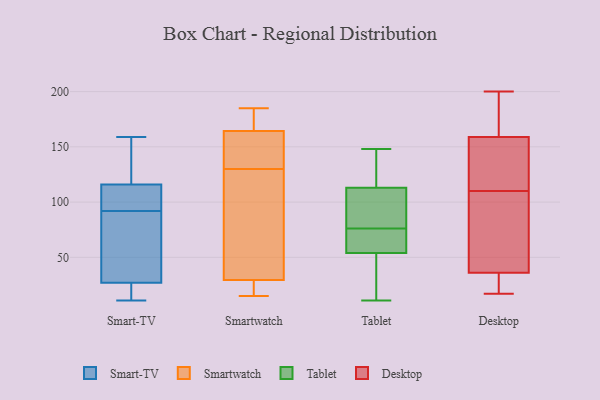
{"axis": {"x": "Market Share (%)", "y": "Value"}, "legend": ["Desktop", "Smart-TV", "Smartwatch", "Tablet"], "data": [{"x": "", "y": 136, "type": "Smart-TV"}, {"x": "", "y": 82, "type": "Smart-TV"}, {"x": "", "y": 158, "type": "Smart-TV"}, {"x": "", "y": 28, "type": "Smart-TV"}, {"x": "", "y": 102, "type": "Smart-TV"}, {"x": "", "y": 105, "type": "Smart-TV"}, {"x": "", "y": 110, "type": "Smart-TV"}, {"x": "", "y": 14, "type": "Smart-TV"}, {"x": "", "y": 116, "type": "Smart-TV"}, {"x": "", "y": 11, "type": "Smart-TV"}, {"x": "", "y": 21, "type": "Smart-TV"}, {"x": "", "y": 159, "type": "Smart-TV"}, {"x": "", "y": 62, "type": "Smart-TV"}, {"x": "", "y": 24, "type": "Smart-TV"}, {"x": "", "y": 27, "type": "Smart-TV"}, {"x": "", "y": 110, "type": "Smart-TV"}, {"x": "", "y": 158, "type": "Smart-TV"}, {"x": "", "y": 31, "type": "Smart-TV"}, {"x": "", "y": 130, "type": "Smartwatch"}, {"x": "", "y": 18, "type": "Smartwatch"}, {"x": "", "y": 148, "type": "Smartwatch"}, {"x": "", "y": 15, "type": "Smartwatch"}, {"x": "", "y": 169, "type": "Smartwatch"}, {"x": "", "y": 96, "type": "Smartwatch"}, {"x": "", "y": 150, "type": "Smartwatch"}, {"x": "", "y": 183, "type": "Smartwatch"}, {"x": "", "y": 185, "type": "Smartwatch"}, {"x": "", "y": 16, "type": "Smartwatch"}, {"x": "", "y": 64, "type": "Smartwatch"}, {"x": "", "y": 54, "type": "Tablet"}, {"x": "", "y": 148, "type": "Tablet"}, {"x": "", "y": 71, "type": "Tablet"}, {"x": "", "y": 81, "type": "Tablet"}, {"x": "", "y": 113, "type": "Tablet"}, {"x": "", "y": 63, "type": "Tablet"}, {"x": "", "y": 115, "type": "Tablet"}, {"x": "", "y": 33, "type": "Tablet"}, {"x": "", "y": 112, "type": "Tablet"}, {"x": "", "y": 11, "type": "Tablet"}, {"x": "", "y": 195, "type": "Desktop"}, {"x": "", "y": 122, "type": "Desktop"}, {"x": "", "y": 96, "type": "Desktop"}, {"x": "", "y": 29, "type": "Desktop"}, {"x": "", "y": 182, "type": "Desktop"}, {"x": "", "y": 18, "type": "Desktop"}, {"x": "", "y": 134, "type": "Desktop"}, {"x": "", "y": 200, "type": "Desktop"}, {"x": "", "y": 98, "type": "Desktop"}, {"x": "", "y": 36, "type": "Desktop"}, {"x": "", "y": 61, "type": "Desktop"}, {"x": "", "y": 159, "type": "Desktop"}, {"x": "", "y": 17, "type": "Desktop"}, {"x": "", "y": 135, "type": "Desktop"}]}